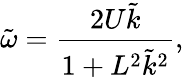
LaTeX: \tilde{\omega}=\frac{2U\tilde{k}}{1+L^{2}\tilde{k}^{2}},